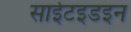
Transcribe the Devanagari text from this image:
साईटइडइन